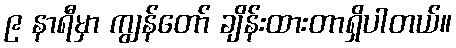
၉ နာရီမှာ ကျွန်တော် ချိန်းထားတာရှိပါတယ်။